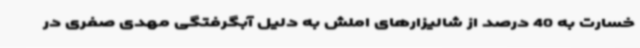
خسارت به 40 درصد از شالیزارهای املش به دلیل آبگرفتگی مهدی صفری در